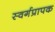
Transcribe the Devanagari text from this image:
स्वर्गप्रापक